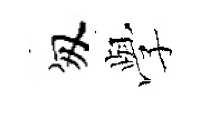
匆𫝯